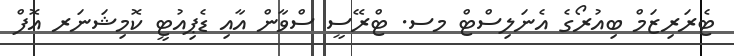
ޓެރަރިޒަމް ބިއުރޯގެ އެނަލިސްޓް މސ. ޓްރޭސީ ސްވާން އާއި ޑެޕިއުޓީ ކޮމިޝަނަރ އޮފް